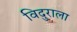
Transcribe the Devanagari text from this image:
विदुराला